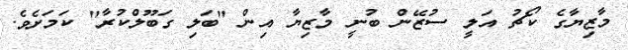
މާޒިޔާގެ ކޯޗު އަލީ ސުޒޭން ބުނީ މާޒިޔާ އިން "ބަލި ގަބޫލްކުރާ" ކަމަށެވެ.